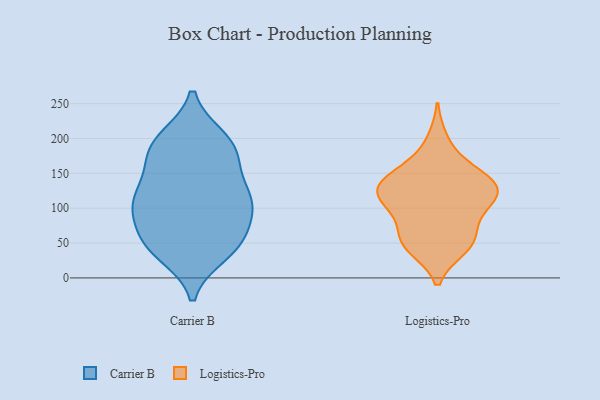
{"axis": {"x": "Population (Million)", "y": "Value"}, "legend": ["Carrier B", "Logistics-Pro"], "data": [{"x": "", "y": 44, "type": "Carrier B"}, {"x": "", "y": 122, "type": "Carrier B"}, {"x": "", "y": 47, "type": "Carrier B"}, {"x": "", "y": 175, "type": "Carrier B"}, {"x": "", "y": 194, "type": "Carrier B"}, {"x": "", "y": 112, "type": "Carrier B"}, {"x": "", "y": 118, "type": "Carrier B"}, {"x": "", "y": 174, "type": "Carrier B"}, {"x": "", "y": 197, "type": "Carrier B"}, {"x": "", "y": 82, "type": "Carrier B"}, {"x": "", "y": 53, "type": "Carrier B"}, {"x": "", "y": 107, "type": "Carrier B"}, {"x": "", "y": 51, "type": "Carrier B"}, {"x": "", "y": 200, "type": "Carrier B"}, {"x": "", "y": 35, "type": "Carrier B"}, {"x": "", "y": 103, "type": "Carrier B"}, {"x": "", "y": 102, "type": "Carrier B"}, {"x": "", "y": 156, "type": "Carrier B"}, {"x": "", "y": 163, "type": "Logistics-Pro"}, {"x": "", "y": 46, "type": "Logistics-Pro"}, {"x": "", "y": 129, "type": "Logistics-Pro"}, {"x": "", "y": 128, "type": "Logistics-Pro"}, {"x": "", "y": 90, "type": "Logistics-Pro"}, {"x": "", "y": 64, "type": "Logistics-Pro"}, {"x": "", "y": 54, "type": "Logistics-Pro"}, {"x": "", "y": 151, "type": "Logistics-Pro"}, {"x": "", "y": 198, "type": "Logistics-Pro"}, {"x": "", "y": 109, "type": "Logistics-Pro"}, {"x": "", "y": 48, "type": "Logistics-Pro"}, {"x": "", "y": 115, "type": "Logistics-Pro"}, {"x": "", "y": 130, "type": "Logistics-Pro"}, {"x": "", "y": 121, "type": "Logistics-Pro"}, {"x": "", "y": 129, "type": "Logistics-Pro"}, {"x": "", "y": 145, "type": "Logistics-Pro"}, {"x": "", "y": 43, "type": "Logistics-Pro"}, {"x": "", "y": 93, "type": "Logistics-Pro"}]}